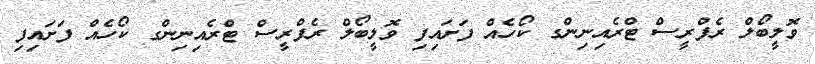
ވޮލީބޯލް ރެފްރީސް ޓްރެއިނިންގ ކޯހެއް ފަށައިފި ވޮލީބޯލް ރެފްރީސް ޓްރެއިނިންގ ކޯހެއް ފަށައިފި